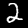
Label: 2